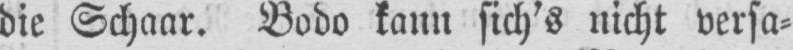
die Schaar. Bodo kann sich’s nicht versa⸗